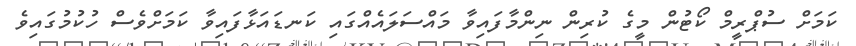
ކަމަށް ސުޕްރީމް ކޯޓުން މީގެ ކުރިން ނިންމާފައިވާ މައްސަލައެއްގައި ކަނޑައަޅާފައިވާ ކަމަށްވެސް ހުކުމުގައިވެ